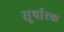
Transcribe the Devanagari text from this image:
सूर्पारक